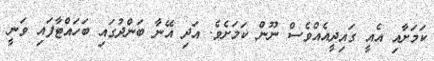
ކަމަށާއި އެއީ ގައިދީއެއްވެސް ނޫން ކަމަށެވެ. އަދި އޭނާ ބަންދުގައި ބަހައްޓާފައި ވަނީ